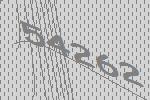
54262